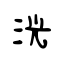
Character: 洸